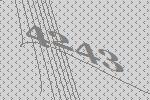
4243